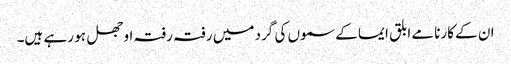
ان کے کارنامے ابلق ایما کے سموں کی گرد میں رفتہ رفتہ اوجھل ہو رہے ہیں۔